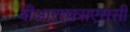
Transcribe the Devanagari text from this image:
वीआरएक्सएससी